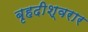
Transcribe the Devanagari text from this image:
बृहदीश्वरार